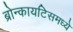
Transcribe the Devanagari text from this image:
ब्रोन्कायटिसमध्ये